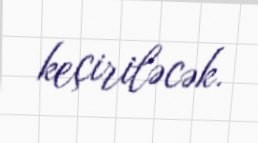
keçiriləcək.